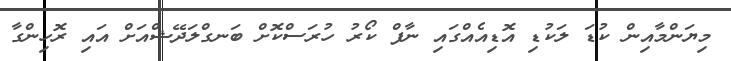
މިޔަންމާއިން ކުޑަ ލަކުޑި އޮޑިއެއްގައި ނާފް ކޯރު ހުރަސްކޮށް ބަނގްލަދޭޝްއަށް އައި ރޮހިންގާ